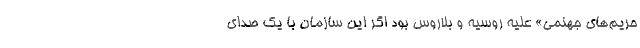
حریم‌های جهنمی» علیه روسیه و بلاروس بود اگر این سازمان با یک صدای